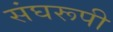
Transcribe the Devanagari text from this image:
संघरूपी